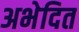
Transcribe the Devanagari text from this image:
अभेदित